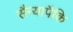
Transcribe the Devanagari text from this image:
सैन्यापैकि